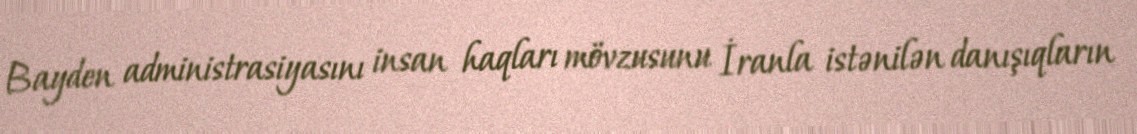
Bayden administrasiyasını insan haqları mövzusunu İranla istənilən danışıqların